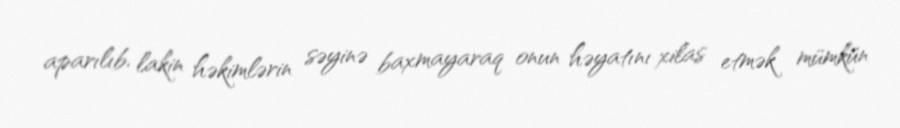
aparılıb, lakin həkimlərin səyinə baxmayaraq onun həyatını xilas etmək mümkün